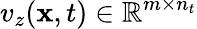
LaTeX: v_{z}(\mathbf{x},t)\in\mathbb{R}^{m\times n_{t}}